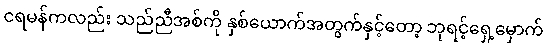
ငရမန်ကလည်း သည်ညီအစ်ကို နှစ်ယောက်အတွက်နှင့်တော့ ဘုရင့်ရှေ့မှောက်